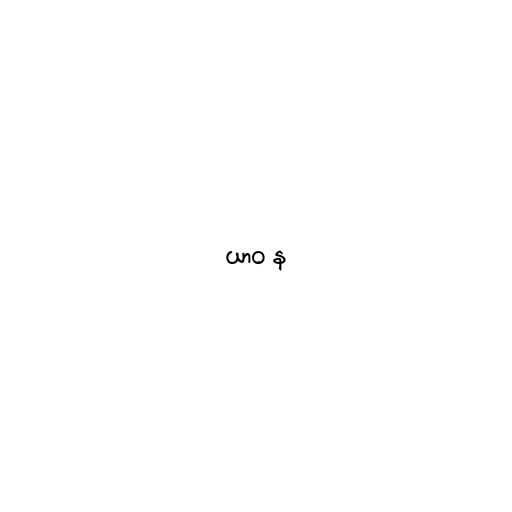
ယာဝ န